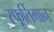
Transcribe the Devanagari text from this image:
स्फूर्तिगान